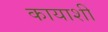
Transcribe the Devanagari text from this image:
कायाशीं